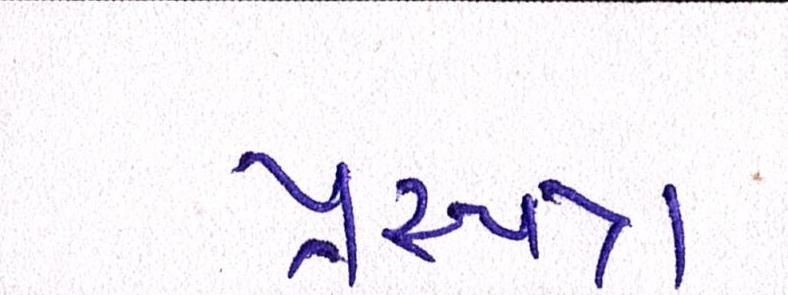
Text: પ્રશ્નપત્ર